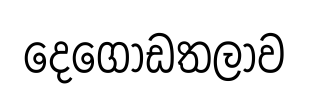
දෙගොඩතලාව